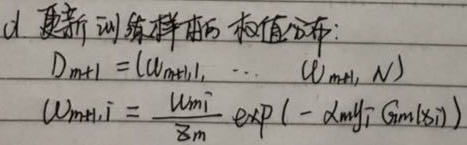
4. 更新训练样本的权值分布：
\[
\begin{align*}
D_{m + 1}&=(w_{m+1,1},\cdots,w_{m + 1,N})\\
w_{m+1,i}&=\frac{w_{m,i}}{Z_{m}}\exp(-\alpha_{m}y_{i}G_{m}(x_{i}))
\end{align*}
\]